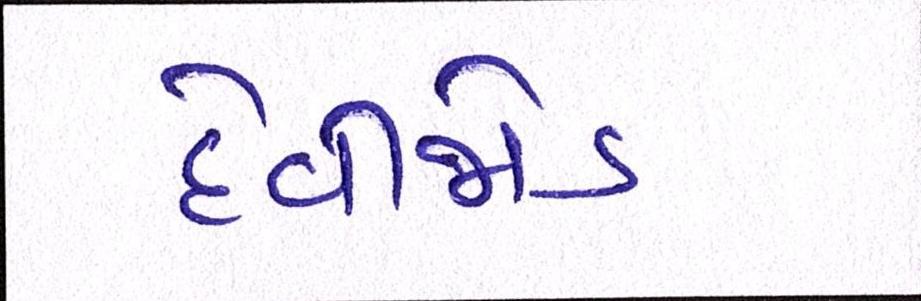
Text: દેવીજોડ